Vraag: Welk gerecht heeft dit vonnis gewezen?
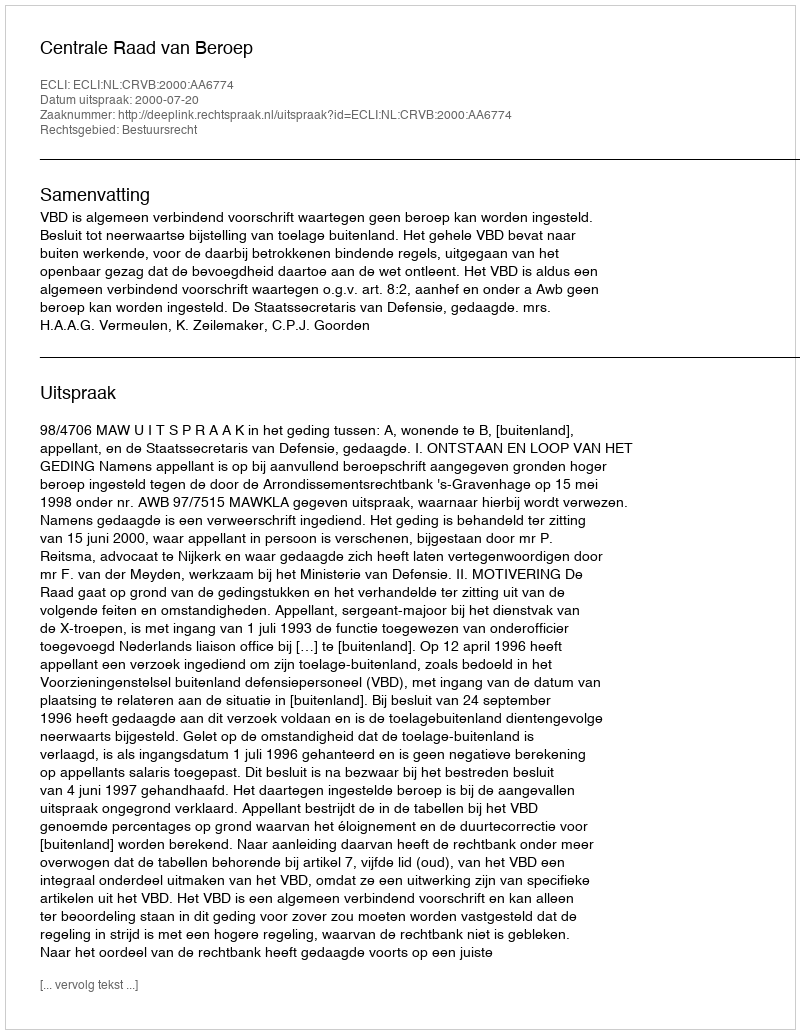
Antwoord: Centrale Raad van Beroep